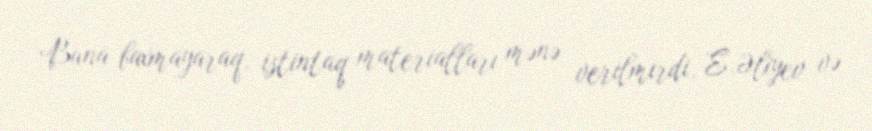
Buna baxmayaraq, istintaq materialları mənə verilmirdi, E.Əliyev və